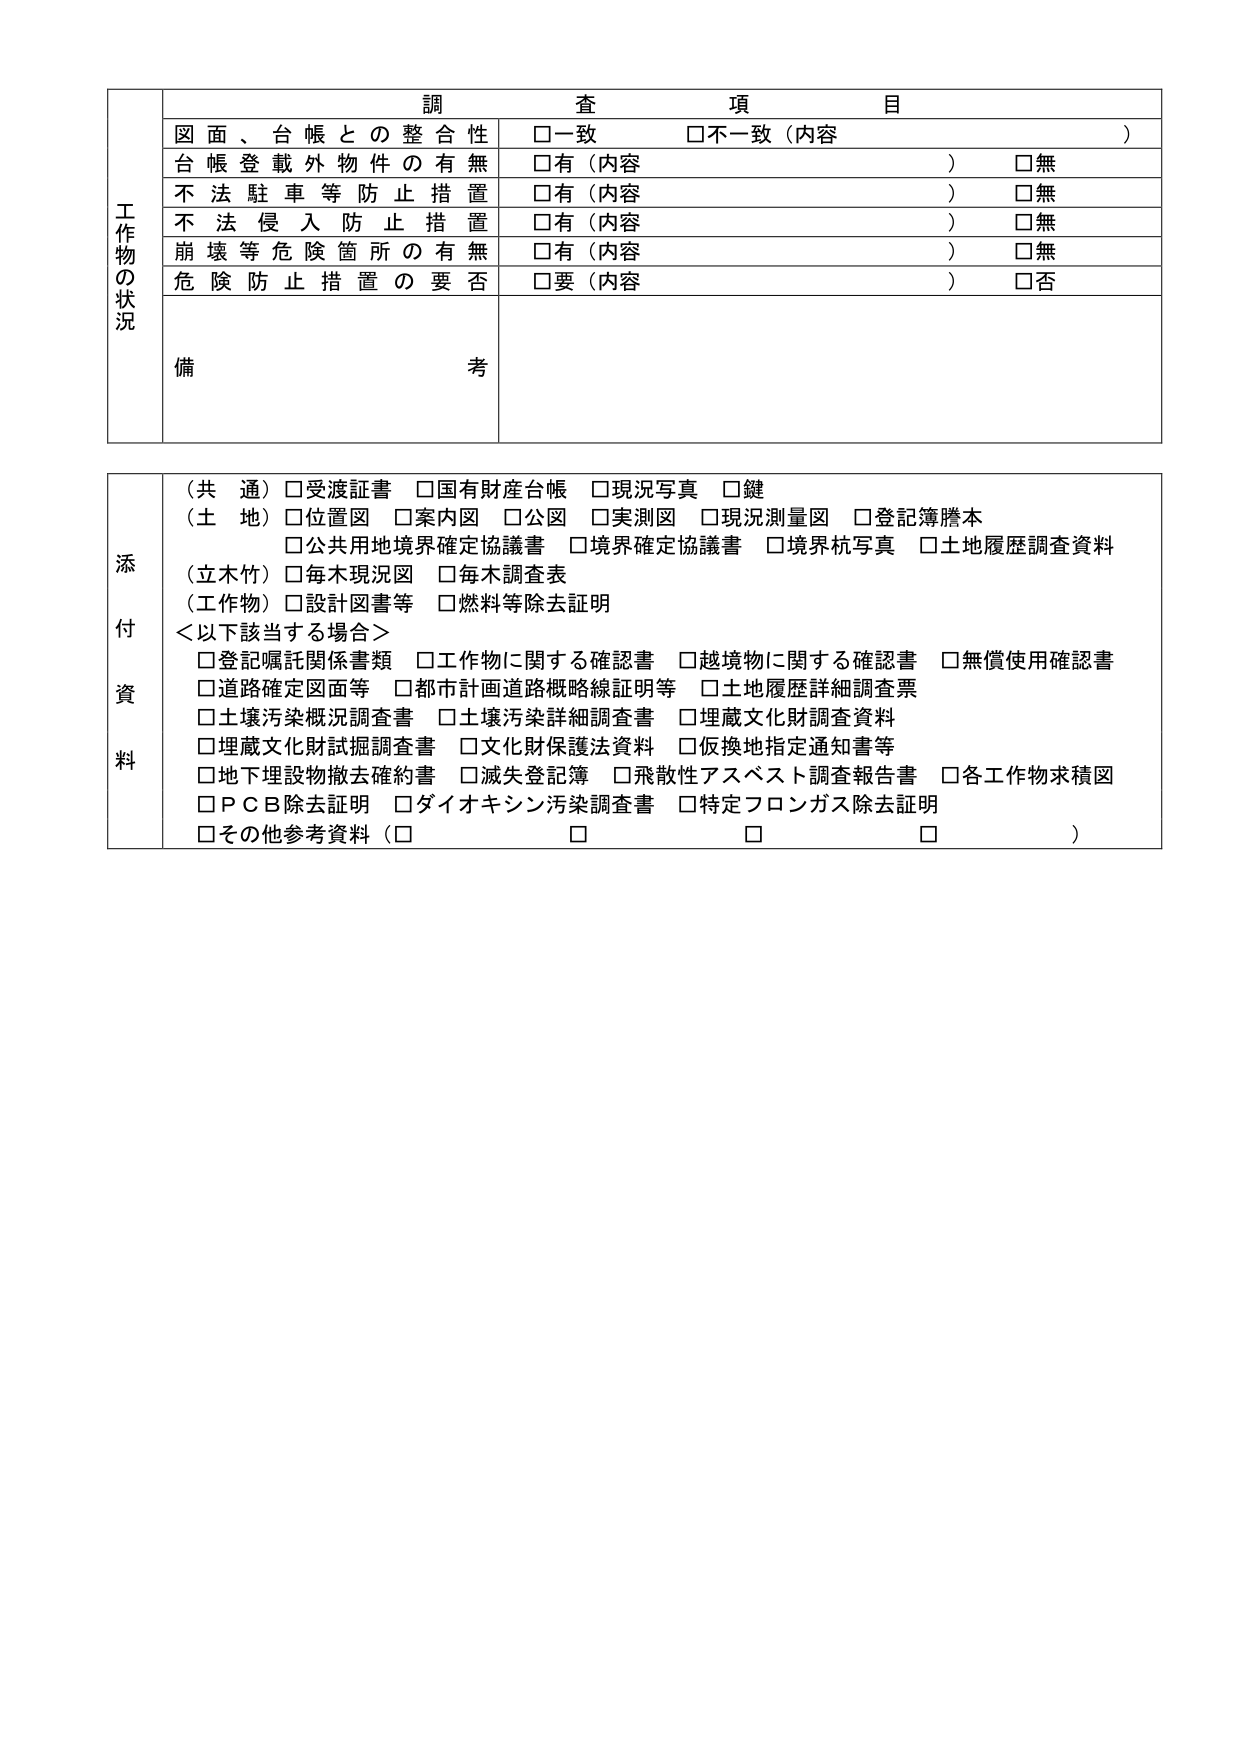
工作物の状況
調査項目
図面、台帳との整合性 □一致 □不一致（内容 ）
台帳登載外物件の有無 □有（内容 ） □無
不法駐車等防止措置 □有（内容 ） □無
不法侵入防止措置 □有（内容 ） □無
崩壊等危険箇所の有無 □有（内容 ） □無
危険防止措置の要否 □要（内容 ） □否
備考

添付資料
（共通）□受渡証書 □国有財産台帳 □現況写真 □鍵
（土地）□位置図 □案内図 □公図 □実測図 □現況測量図 □登記簿謄本
□公共用地境界確定協議書 □境界確定協議書 □境界杭写真 □土地履歴調査資料
（立木竹）□毎木現況図 □毎木調査表
（工作物）□設計図書等 □燃料等除去証明
＜以下該当する場合＞
□登記嘱託関係書類 □工作物に関する確認書 □越境物に関する確認書 □無償使用確認書
□道路確定図面等 □都市計画道路概略線証明等 □土地履歴詳細調査票
□土壌汚染概況調査書 □土壌汚染詳細調査書 □埋蔵文化財調査資料
□埋蔵文化財試掘調査書 □文化財保護法資料 □仮換地指定通知書等
□地下埋設物撤去確約書 □滅失登記簿 □飛散性アスベスト調査報告書 □各工作物求積図
□ＰＣＢ除去証明 □ダイオキシン汚染調査書 □特定フロンガス除去証明
□その他参考資料（□ □ □ ）